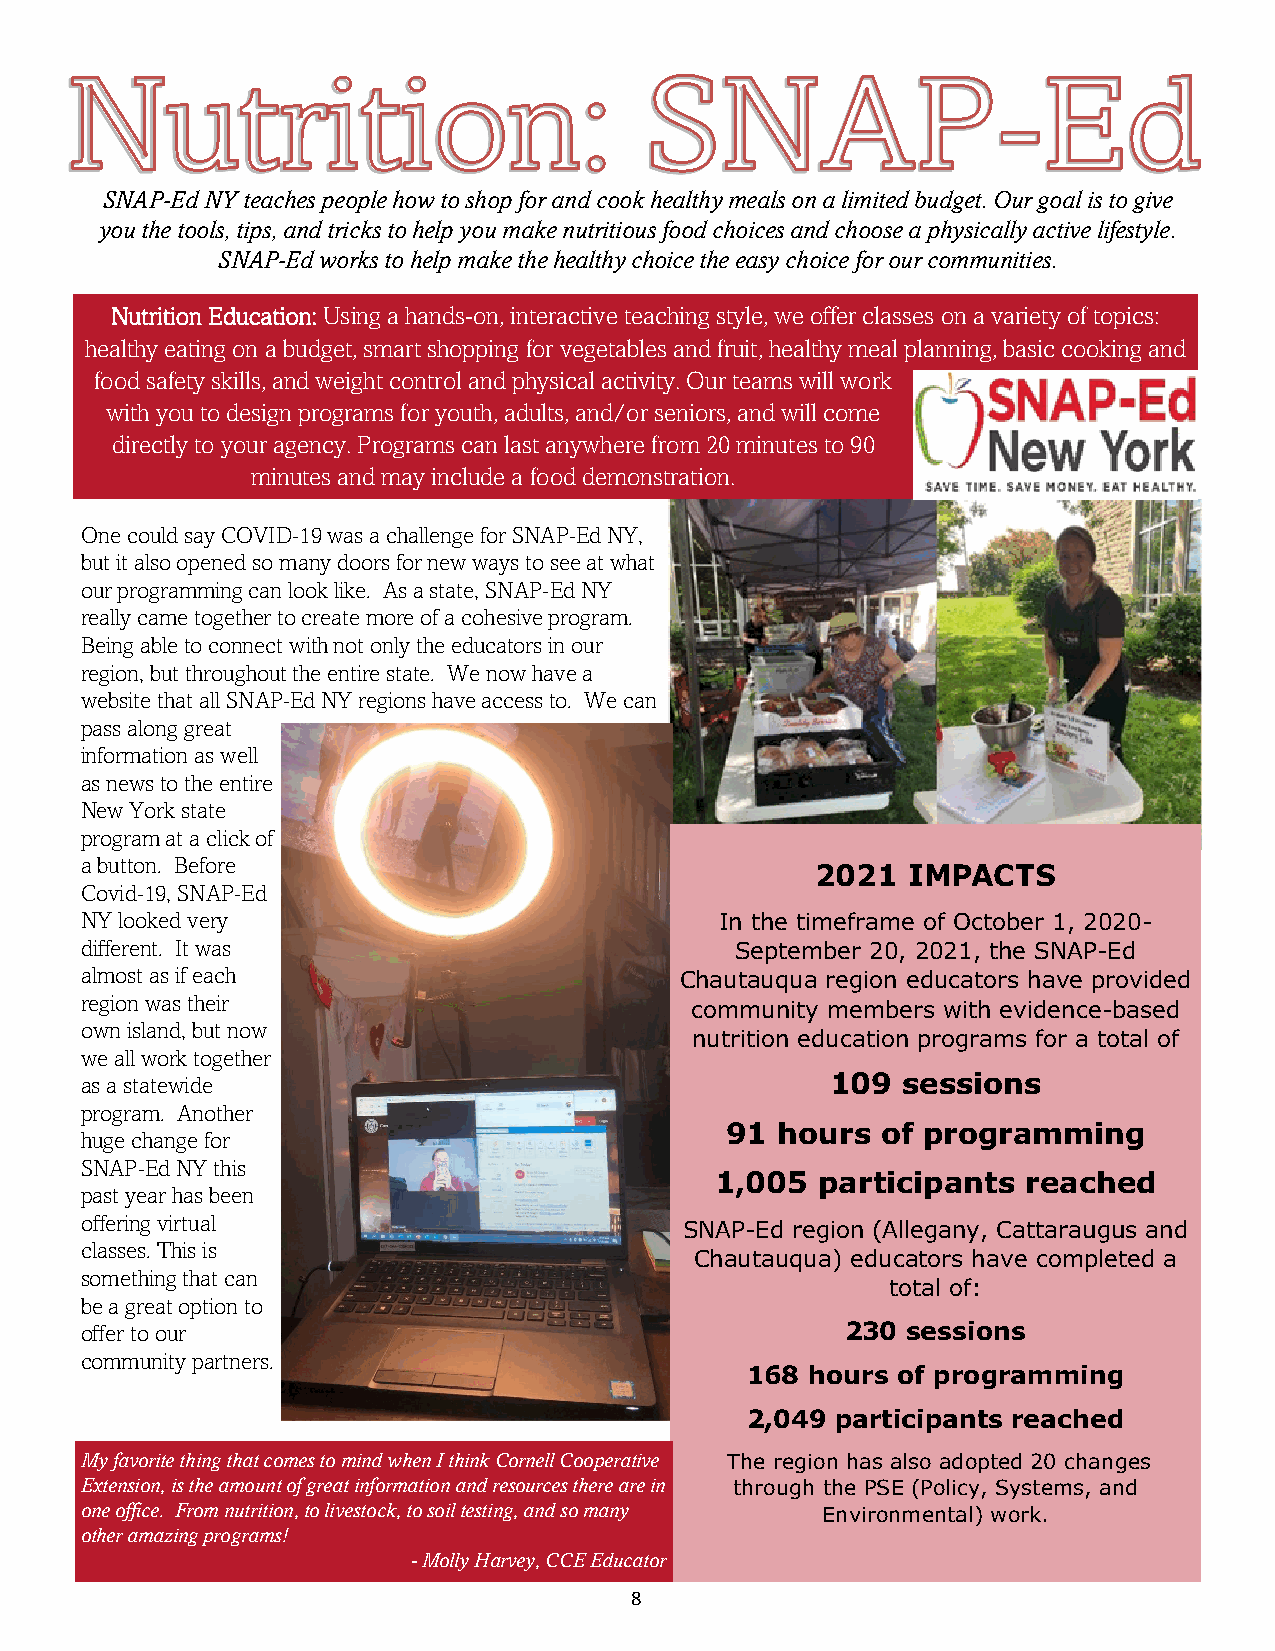
SNAP-Ed NY teaches people how to shop for and cook healthy meals on a limited budget. Our goal is to give
 you the tools, tips, and tricks to help you make nutritious food choices and choose a physically active lifestyle.
 SNAP-Ed works to help make the healthy choice the easy choice for our communities.
 Nutrition Education: Using a hands-on, interactive teaching style, we offer classes on a variety of topics:
 healthy eating on a budget, smart shopping for vegetables and fruit, healthy meal planning, basic cooking and
 food safety skills, and weight control and physical activity. Our teams will work
 with you to design programs for youth, adults, and/or seniors, and will come
 directly to your agency. Programs can last anywhere from 20 minutes to 90
 minutes and may include a food demonstration.
 One could say COVID-19 was a challenge for SNAP-Ed NY,
 but it also opened so many doors for new ways to see at what
 our programming can look like. As a state, SNAP-Ed NY
 really came together to create more of a cohesive program.
 Being able to connect with not only the educators in our
 region, but throughout the entire state. We now have a
 website that all SNAP-Ed NY regions have access to. We can
 pass along great
 information as well
 as news to the entire
 New York state
 program at a click of
 a button. Before
 2021  IMPACTS
 Covid-19, SNAP-Ed
 NY looked very                             In the timeframe of October 1, 2020-
 different. It was                           September 20, 2021, the SNAP-Ed
 almost as if each                       Chautauqua region educators have provided
 region was their
 community members with evidence-based
 own island, but now
 nutrition education programs for a total of
 we all work together
 as a statewide                                    109  sessions
 program. Another
 91 hours  of programming
 huge change for
 SNAP-Ed NY this
 1,005  participants  reached
 past year has been
 offering virtual                        SNAP-Ed region (Allegany, Cattaraugus and
 classes. This is
 Chautauqua) educators have completed a
 something that can
 total of:
 be a great option to
 offer to our                                       230 sessions
 community partners.
 168  hours of programming
 2,049 participants reached
 My favorite thing that comes to mind when I think Cornell Cooperative The region has also adopted 20 changes
 Extension, is the amount of great information and resources there are in through the PSE (Policy, Systems, and
 one office. From nutrition, to livestock, to soil testing, and so many Environmental) work.
 other amazing programs!
 - Molly Harvey, CCE Educator
 8